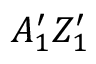
A _ { 1 } ^ { \prime } Z _ { 1 } ^ { \prime }